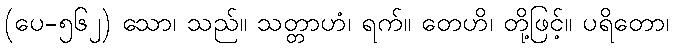
(ပေ-၅၆၂) သော၊ သည်။ သတ္တာဟံ၊ ရက်။ တေဟိ၊ တို့ဖြင့်။ ပရိတော၊